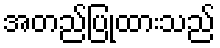
အတည်ပြုထားသည်